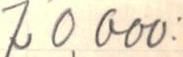
70000: